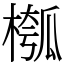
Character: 槬